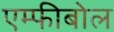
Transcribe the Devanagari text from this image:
एम्फीबोल